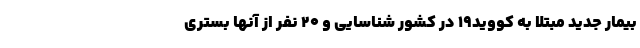
بیمار جدید مبتلا به کووید۱۹ در کشور شناسایی و ۲۰ نفر از آنها بستری